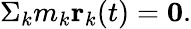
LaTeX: \Sigma_{k}m_{k}\textbf{r}_{k}(t)=\textbf{0}.